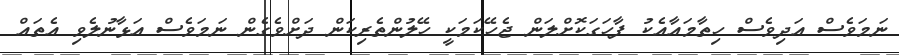
ނަމަވެސް އަދިވެސް ހިތާމައާއެކު ފާހަގަކޮށްލަން ޖެހޭކަމަކީ ހޭލުންތެރިކަން ދަށްވެގެން ނަަމަވެސް އަޅާނުލެވި އެތައް